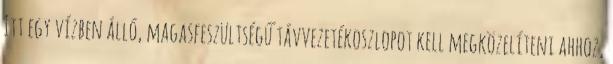
Itt egy vízben álló, magasfeszültségű távvezetékoszlopot kell megközelíteni ahhoz,